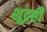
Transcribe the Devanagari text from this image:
शूद्रही